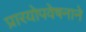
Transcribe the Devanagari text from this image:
प्रारयोपवेषनाने